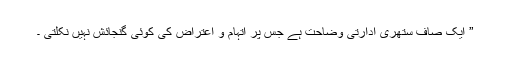
” ایک صاف ستھری ادارتی وضاحت ہے جس پر اتہام و اعتراض کی کوئی گنجائش نہیں نکلتی ۔